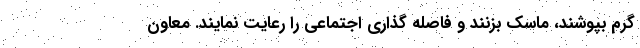
گرم بپوشند، ماسک بزنند و فاصله گذاری اجتماعی را رعایت نمایند. معاون